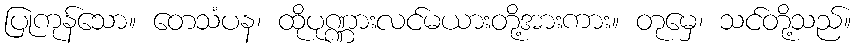
ပြုကုန်သော။ တေသံပန၊ ထိုပုဏ္ဏားလင်မယားတို့အားကား။ တုမှေ၊ သင်တို့သည်။